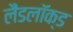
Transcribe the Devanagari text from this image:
लैंडलॉक्ड